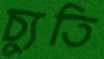
চ্যুতি